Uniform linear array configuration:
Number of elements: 64
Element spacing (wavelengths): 0.25
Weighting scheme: exponential
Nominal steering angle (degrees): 60
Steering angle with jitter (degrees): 58.77
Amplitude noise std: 0.05
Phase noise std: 0.05

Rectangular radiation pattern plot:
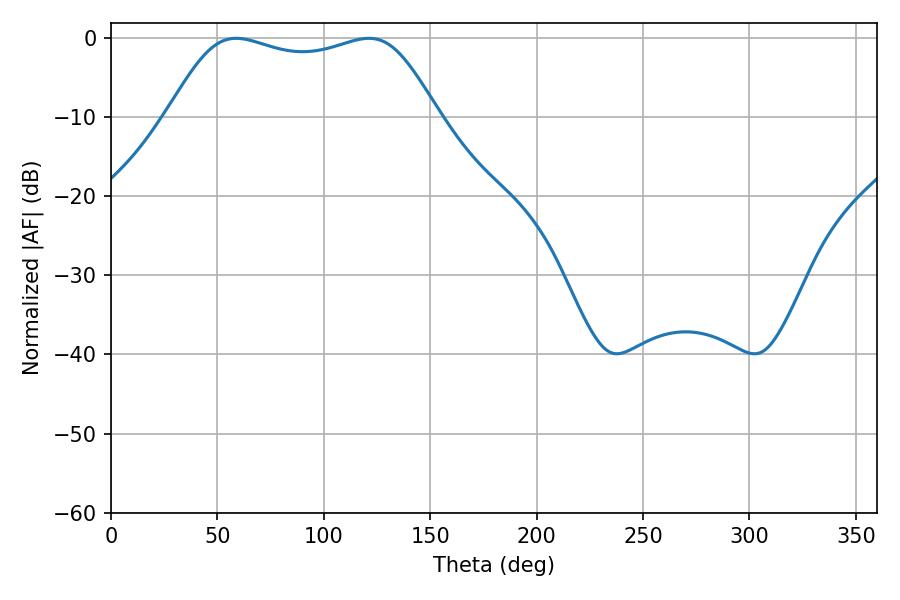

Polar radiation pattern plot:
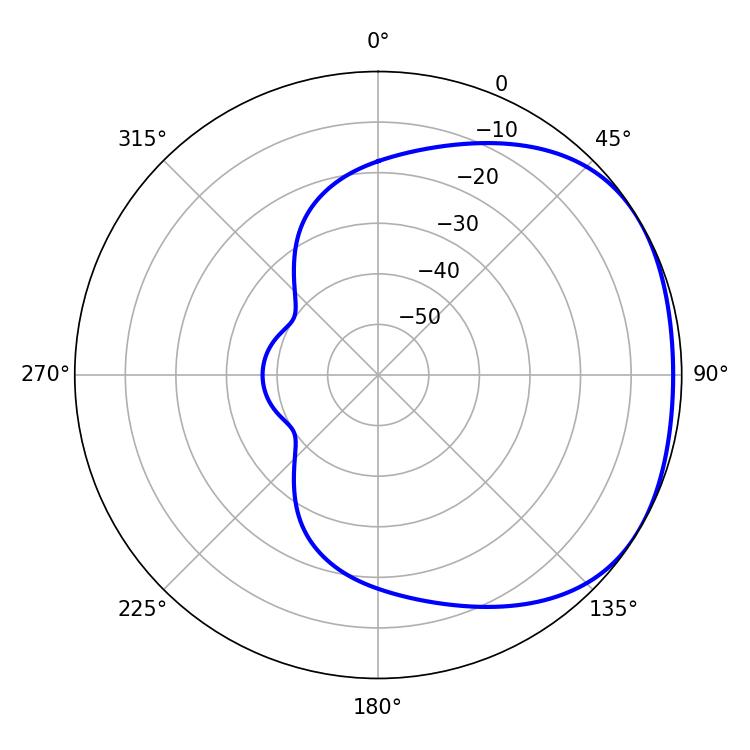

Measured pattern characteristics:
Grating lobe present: FALSE
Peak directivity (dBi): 1.775
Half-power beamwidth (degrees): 97.92
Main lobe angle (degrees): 58.86